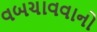
વબચાવવાનો